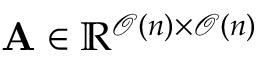
\mathbf { A } \in \mathbb { R } ^ { \mathcal { O } ( n ) \times \mathcal { O } ( n ) }